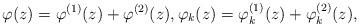
LaTeX: \begin{align*} \varphi(z) = \varphi^{(1)}(z)+\varphi^{(2)}(z), \varphi_{k}(z) = \varphi_{k}^{(1)}(z)+\varphi_{k}^{(2)}(z),\end{align*}